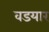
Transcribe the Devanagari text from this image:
वडयार